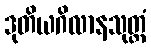
ဒုတိယဂိလာနသုတ္တံ